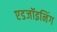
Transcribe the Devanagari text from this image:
एडजॉइनिंग